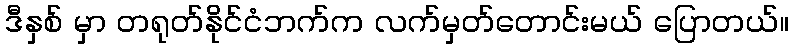
ဒီနှစ် မှာ တရုတ်နိုင်ငံဘက်က လက်မှတ်တောင်းမယ် ပြောတယ်။